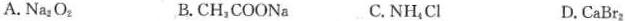
A. Na_{2}O_{2} B. CH_{2}COONa C. NH_{4}Cl D.CaBr_{2}